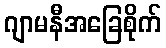
ဂျာမနီအခြေစိုက်